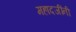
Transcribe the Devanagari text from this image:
महादजींनी